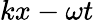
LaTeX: kx-\omega t